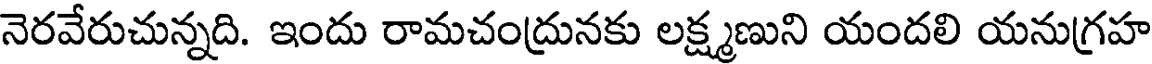
నెరవేరుచున్నది. ఇందు రామచంద్రునకు లక్ష్మణుని యందలి యనుగ్రహ